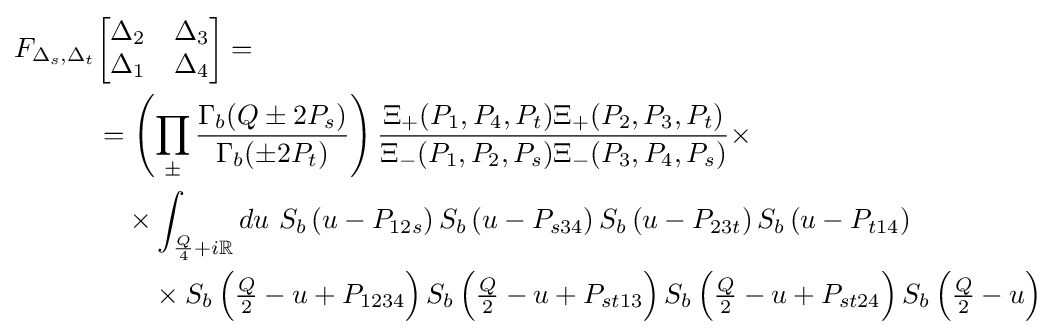
{\begin{aligned}F_{\Delta _{s},\Delta _{t}}&{\begin{bmatrix}\Delta _{2}&\Delta _{3}\\\Delta _{1}&\Delta _{4}\end{bmatrix}}=\\&=\left(\prod _{\pm }{\frac {\Gamma _{b}(Q\pm 2P_{s})}{\Gamma _{b}(\pm 2P_{t})}}\right){\frac {\Xi _{+}(P_{1},P_{4},P_{t})\Xi _{+}(P_{2},P_{3},P_{t})}{\Xi _{-}(P_{1},P_{2},P_{s})\Xi _{-}(P_{3},P_{4},P_{s})}}\times \\&\quad \times \int _{{\frac {Q}{4}}+i\mathbb {R} }du\ S_{b}\left(u-P_{12s}\right)S_{b}\left(u-P_{s34}\right)S_{b}\left(u-P_{23t}\right)S_{b}\left(u-P_{t14}\right)\\&\qquad \times S_{b}\left({\tfrac {Q}{2}}-u+P_{1234}\right)S_{b}\left({\tfrac {Q}{2}}-u+P_{st13}\right)S_{b}\left({\tfrac {Q}{2}}-u+P_{st24}\right)S_{b}\left({\tfrac {Q}{2}}-u\right)\end{aligned}}